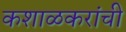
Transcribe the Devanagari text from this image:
कशाळकरांची